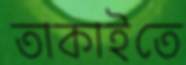
তাকাইতে